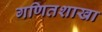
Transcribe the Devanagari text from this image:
गणितशाखा